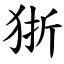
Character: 狾